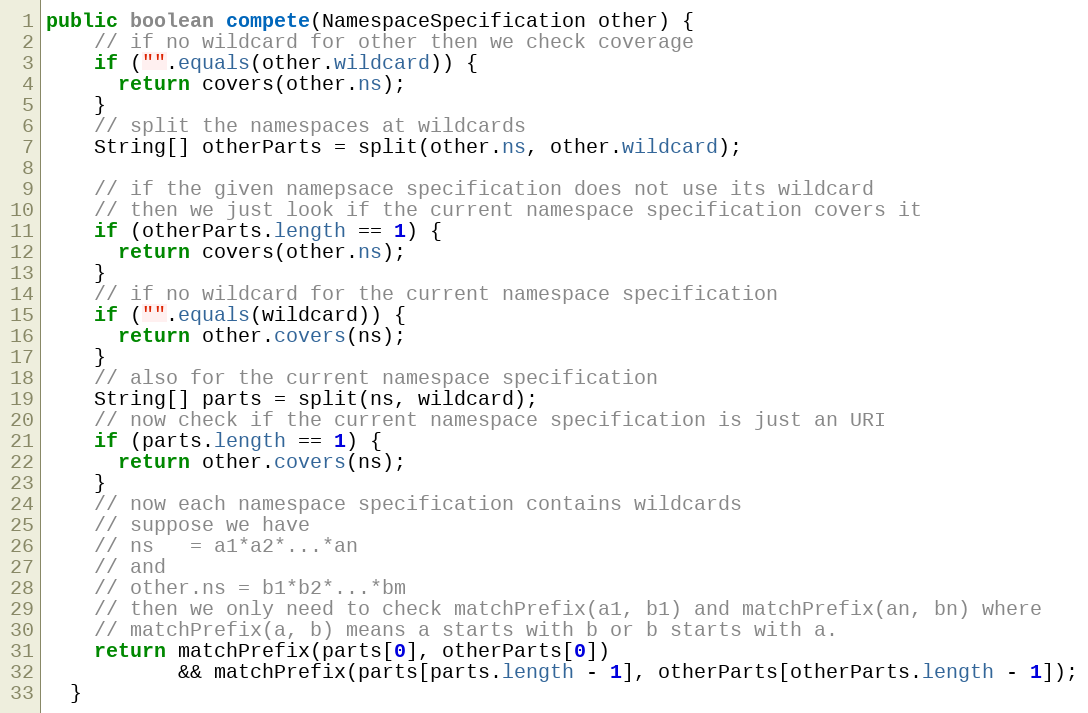
Language: Java
public boolean compete(NamespaceSpecification other) {
    // if no wildcard for other then we check coverage
    if ("".equals(other.wildcard)) {
      return covers(other.ns);
    }
    // split the namespaces at wildcards
    String[] otherParts = split(other.ns, other.wildcard);

    // if the given namepsace specification does not use its wildcard
    // then we just look if the current namespace specification covers it
    if (otherParts.length == 1) {
      return covers(other.ns);
    }
    // if no wildcard for the current namespace specification
    if ("".equals(wildcard)) {
      return other.covers(ns);
    }
    // also for the current namespace specification
    String[] parts = split(ns, wildcard);
    // now check if the current namespace specification is just an URI
    if (parts.length == 1) {
      return other.covers(ns);
    }
    // now each namespace specification contains wildcards
    // suppose we have
    // ns   = a1*a2*...*an
    // and
    // other.ns = b1*b2*...*bm
    // then we only need to check matchPrefix(a1, b1) and matchPrefix(an, bn) where
    // matchPrefix(a, b) means a starts with b or b starts with a.
    return matchPrefix(parts[0], otherParts[0])
           && matchPrefix(parts[parts.length - 1], otherParts[otherParts.length - 1]);
  }